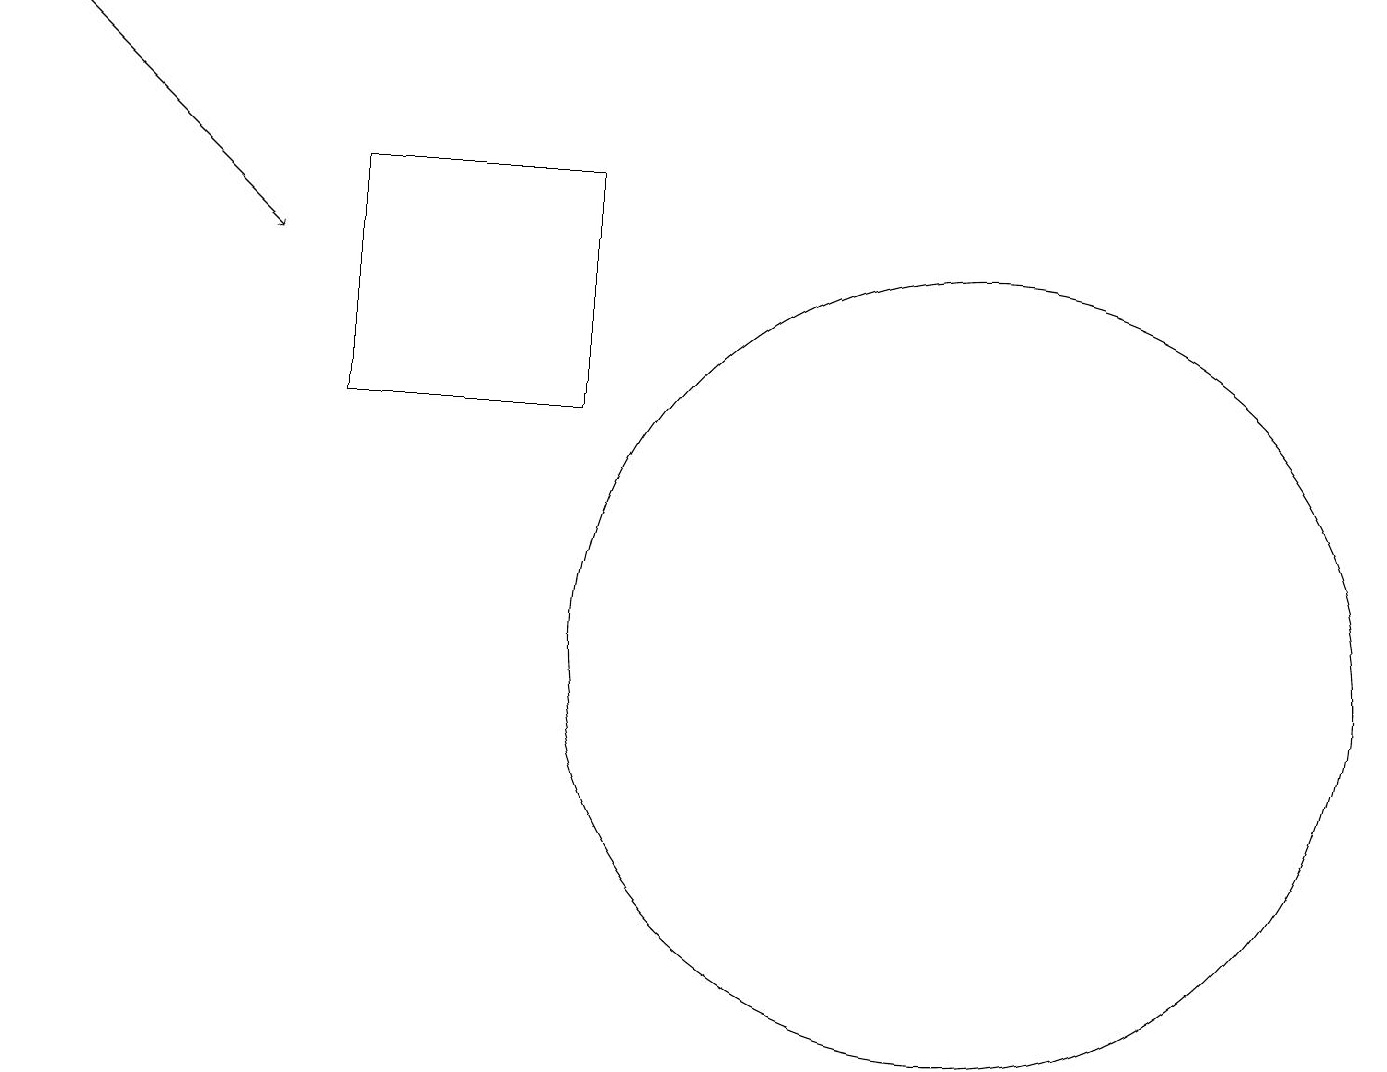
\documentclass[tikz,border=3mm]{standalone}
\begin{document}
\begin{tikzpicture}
\draw (12,11) circle (5);
\draw (4,14) rectangle (7,17);
\draw[->] (0,19) -- (3,16);
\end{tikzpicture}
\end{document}